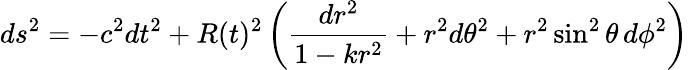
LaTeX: ds^{2}=-c^{2}dt^{2}+R(t)^{2}\left({\frac{dr^{2}}{1-kr^{2}}}+r^{2}d\theta^{2}+r^{2}\sin^{2}\theta\, d\phi^{2}\right)